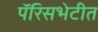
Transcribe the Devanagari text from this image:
पॅरिसभेटीत